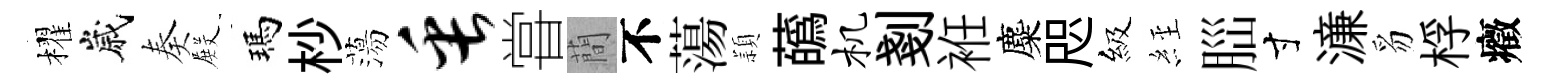
櫂嵗奏𭮺瑪杪蕩缶甞蕳不蕩頴蘤机剗袵麋咫級𦀇𦛁寸濓豸桴癥